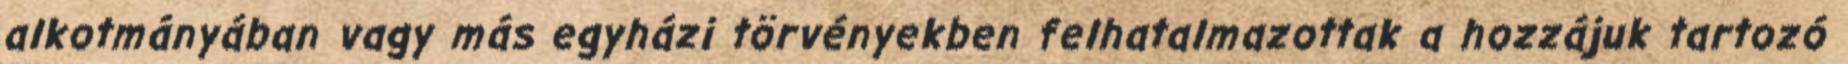
alkotmányában vagy más egyházi törvényekben felhatalmazottak a hozzájuk tartozó